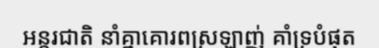
អន្តរជាតិ នាំគ្នាគោរពស្រឡាញ់ គាំទ្របំផុត